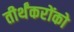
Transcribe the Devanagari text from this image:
तीर्थंकरोंको